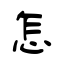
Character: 怎